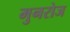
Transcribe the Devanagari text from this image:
मुनरोज